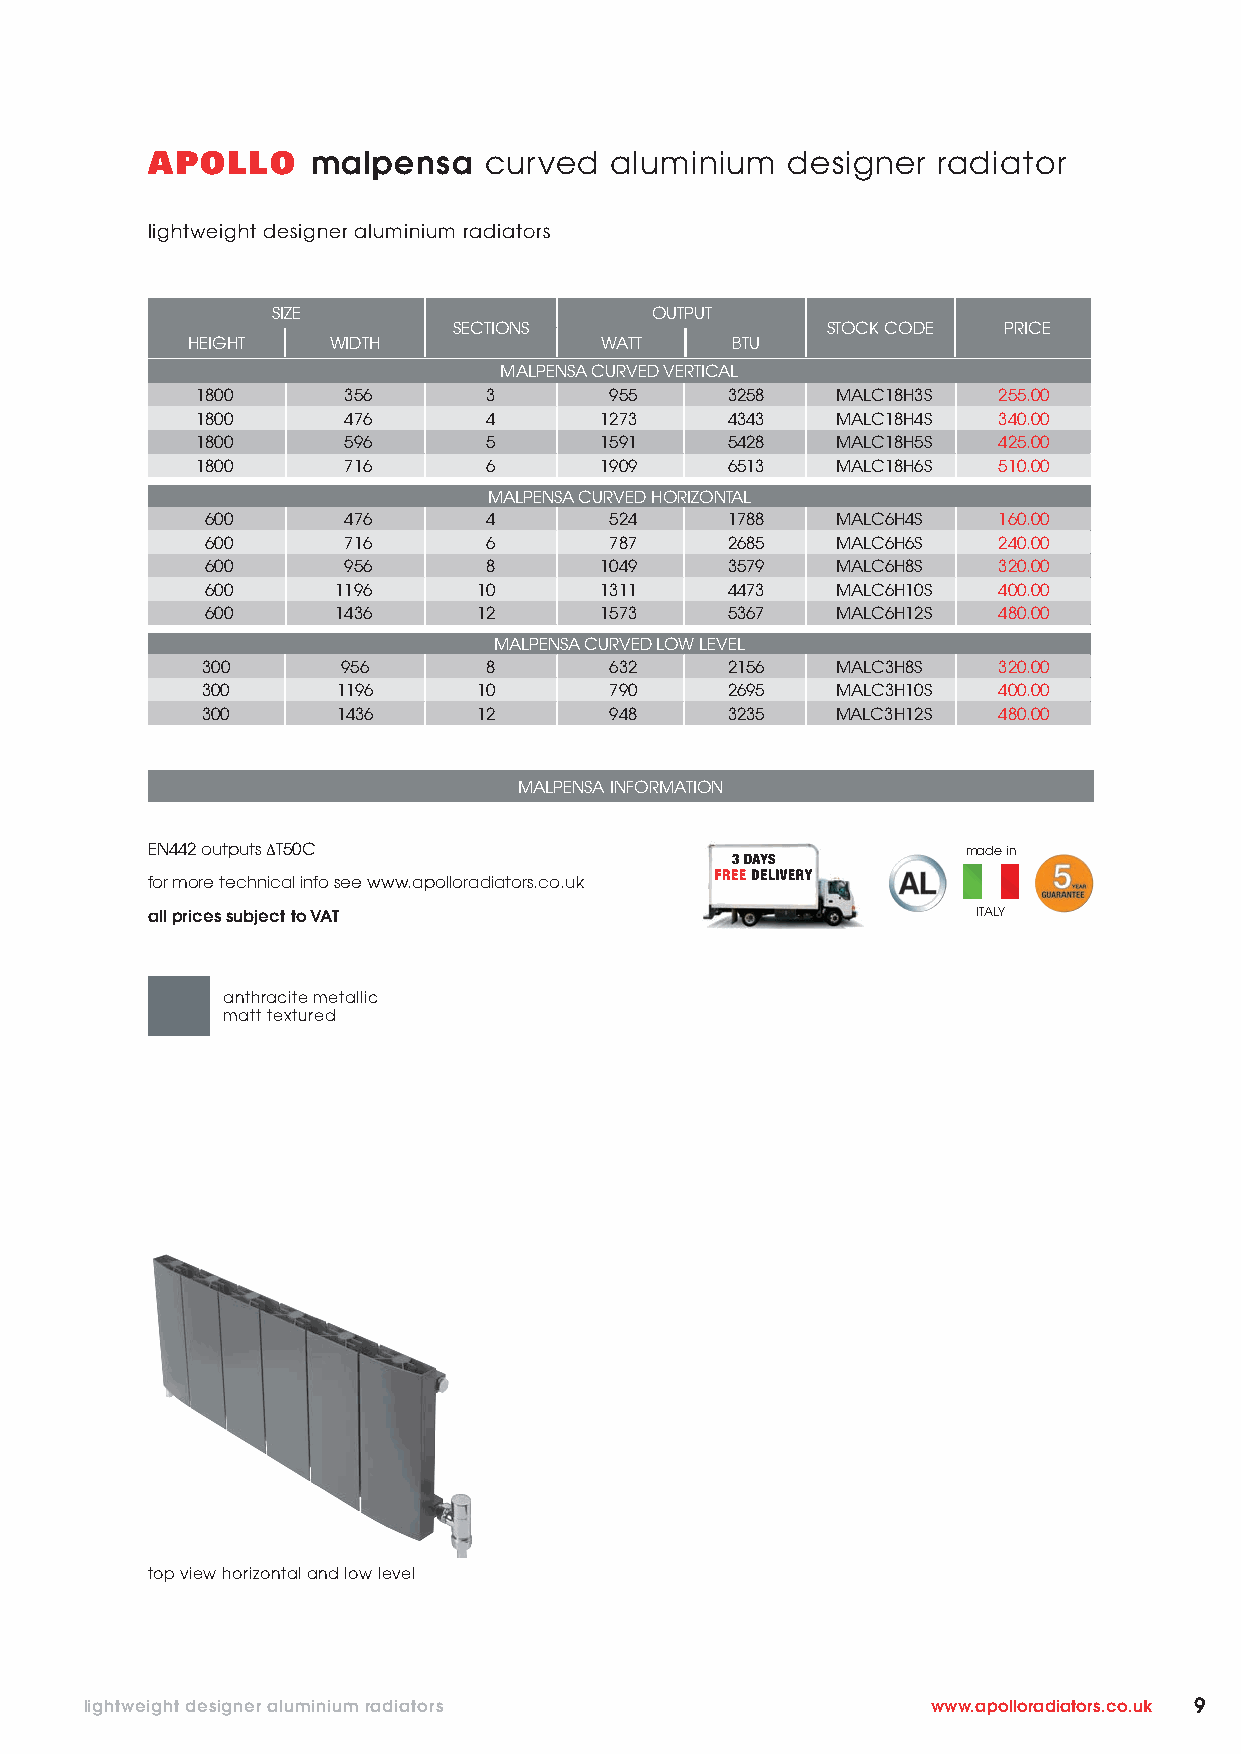
APOLLO     malpensa   curved  aluminium   designer  radiator
 lightweight designer aluminium radiators
 SIZE                     OUTPUT
 SECTIONS                 STOCK CODE PRICE
 HEIGHT    WIDTH             WATT    BTU
 MALPENSA CURVED VERTICAL
 1800      356      3       955     3258   MALC18H3S  255.00
 1800      476      4       1273    4343   MALC18H4S  340.00
 1800      596      5       1591    5428   MALC18H5S  425.00
 1800      716      6       1909    6513   MALC18H6S  510.00
 MALPENSA CURVED HORIZONTAL
 600      476      4       524     1788   MALC6H4S   160.00
 600      716      6       787     2685   MALC6H6S   240.00
 600      956      8       1049    3579   MALC6H8S   320.00
 600     1196      10      1311    4473   MALC6H10S  400.00
 600     1436      12      1573    5367   MALC6H12S  480.00
 MALPENSA CURVED LOW LEVEL
 300       956      8       632     2156   MALC3H8S   320.00
 300      1196      10      790     2695   MALC3H10S  400.00
 300      1436      12      948     3235   MALC3H12S  480.00
 MALPENSA INFORMATION
 EN442 outputs ΔT50C                                   made in
 for more technical info see www.apolloradiators.co.uk
 all prices subject to VAT                              ITALY
 anthracite metallic
 matt textured
 top view horizontal and low level
 lightweight designer aluminium radiators                www.apolloradiators.co.uk 9